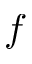
f